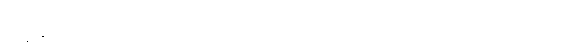
တုန့်ပြန်ခဲ့သလို၊ မွန်ပြည်နယ်ရွေးကောက်ပွဲ ကော်မရှင်အဖွဲ့ခွဲ အတွင်းရေးမှူး ဦးဟိဏ်းလင်းထက်ကို